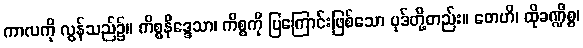
ကာလကို လွန်သည်၌။ ကိစ္စနိဒ္ဒေသာ၊ ကိစ္စကို ပြကြောင်းဖြစ်သော ပုဒ်တို့တည်း။ တေဟိ၊ ထိုခဏ္ဍိစ္စ၊